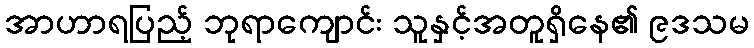
အာဟာရပြည့် ဘုရာကျောင်း သူနှင့်အတူရှိနေ၏ ၉ဒသမ